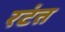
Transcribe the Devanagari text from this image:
रटंत